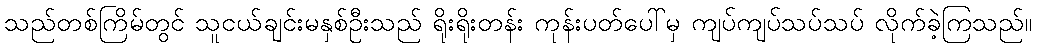
သည်တစ်ကြိမ်တွင် သူငယ်ချင်းမနှစ်ဦးသည် ရိုးရိုးတန်း ကုန်းပတ်ပေါ်မှ ကျပ်ကျပ်သပ်သပ် လိုက်ခဲ့ကြသည်။